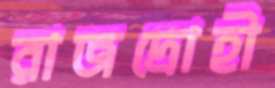
রাজদ্রোহী